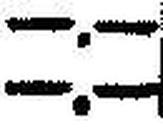
—.—